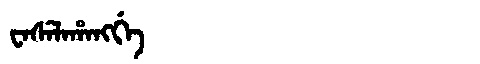
Manchu: ᠸᠠᠰᡝᠯᠠᡥᠠᠩᡤᡝ
Romanization: WASELAHANGGE